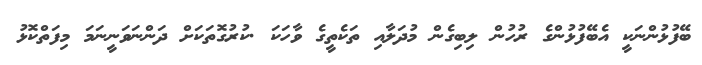
ބޭފުޅުންނަކީ އެބޭފުޅުންގެ ރުހުން ލިބިގެން މުދަލާއި ތަކެތީގެ ވާހަކަ .ކުރުގޮތަކަށް ދަންނަވަނީނަމަ މިފަތްކޮޅު